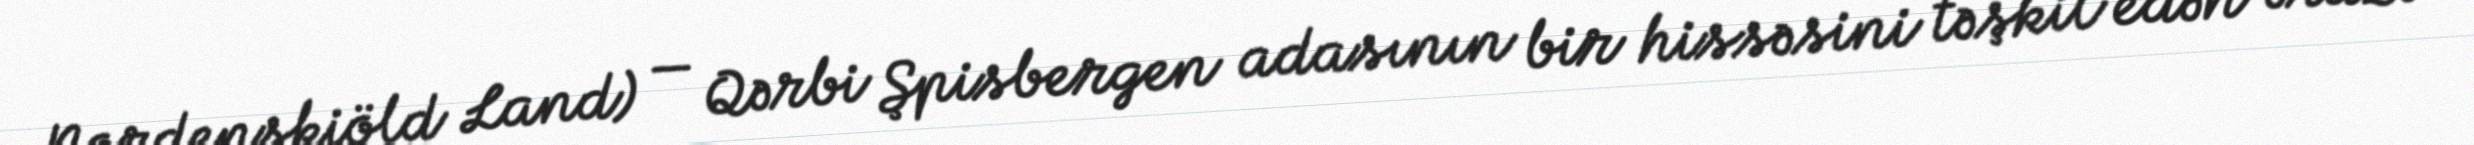
Nordenskiöld Land) — Qərbi Şpisbergen adasının bir hissəsini təşkil edən ərazi